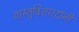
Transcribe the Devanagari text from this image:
वास्तुविशारदांनी